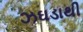
ઝઘડાથી